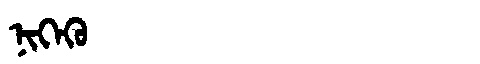
Manchu: ᠨᡳᡴᡝᡴᡠ
Romanization: NIKEKU